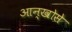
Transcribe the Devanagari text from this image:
आन्खोसे